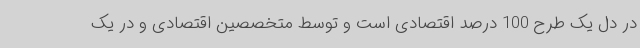
در دل یک طرح 100 درصد اقتصادی است و توسط متخصصین اقتصادی و در یک